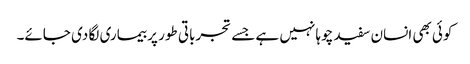
کوئی بھی انسان سفید چوہا نہیں ہے جسے تجرباتی طور پر بیماری لگا دی جائے۔